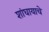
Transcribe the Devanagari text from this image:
शांघायाचे